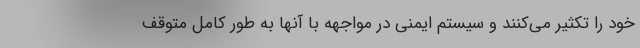
خود را تکثیر می‌کنند و سیستم ایمنی در مواجهه با آنها به طور کامل متوقف